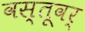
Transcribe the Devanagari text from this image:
वस्तूवर्